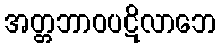
အတ္တဘာဝပဋိလာဘေ